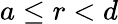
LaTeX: a\leq r<d